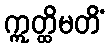
ဣတ္ထိမတိံ